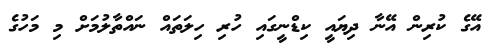
އޭގެ ކުރިން އޭނާ ދިޔައީ ކިޑްނީގައި ހުރި ހިލަތައް ނައްތާލުމަށް މި މަހުގެ